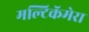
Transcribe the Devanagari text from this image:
मल्टिकॅमेरा